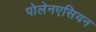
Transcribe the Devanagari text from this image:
पोलेनएसियन